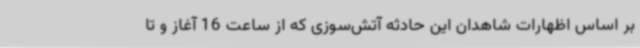
بر اساس اظهارات شاهدان این حادثه آتش‌سوزی که از ساعت 16 آغاز و تا